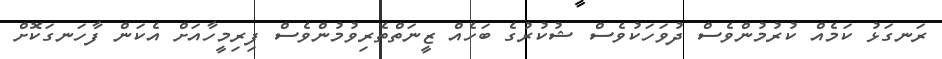
ރަނގަޅު ކަމެއް ކުރުމުންވެސް ދުވަހަކުވެސް ޝުކުރުގެ ބަހެއް ޒީނަތްތެރިވުމުންވެސް ފިރިމީހާއަށް އެކަން ފާހަނގަކޮށް